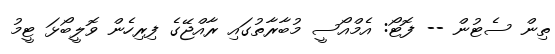
ތިން ސެޓުން -- ފޮޓޯ: އެމްއޯސީ މުބާރާތުގައި ރާއްޖޭގެ ފިރިހެން ވޮލީބޯޅަ ޓީމު